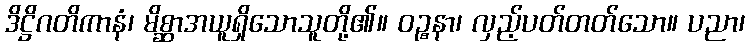
ဒိဋ္ဌိဂတိကာနံ၊ မိစ္ဆာအယူရှိသောသူတို့၏။ ဝဉ္စနာ၊ လှည့်ပတ်တတ်သော။ ပညာ၊